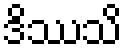
ဒိဿသိ